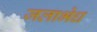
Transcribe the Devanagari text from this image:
जलाभेध